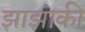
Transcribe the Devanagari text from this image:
झाझाकी